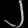
Digit: ၂